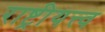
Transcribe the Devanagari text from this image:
राष्ट्रीयत्त्व